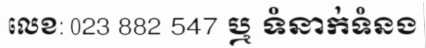
លេខ: 023 882 547 ឬ ទំនាក់ទំនង